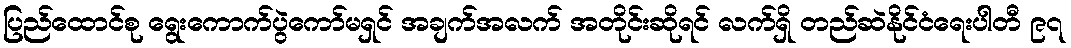
ပြည်ထောင်စု ရွေးကောက်ပွဲကော်မရှင် အချက်အလက် အတိုင်းဆိုရင် လက်ရှိ တည်ဆဲနိုင်ငံရေးပါတီ ၉၇